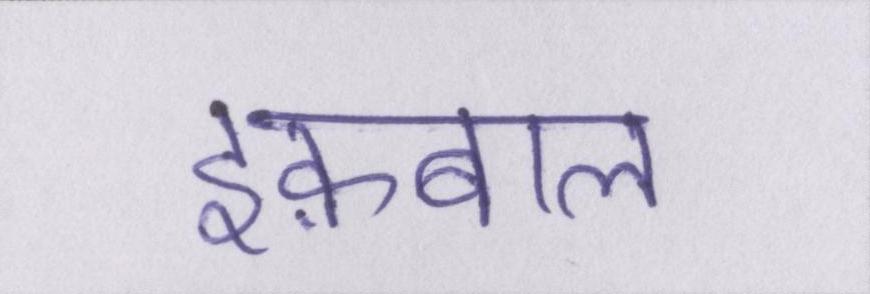
इक़बाल